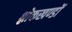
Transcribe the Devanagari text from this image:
श्लोकखण्डों